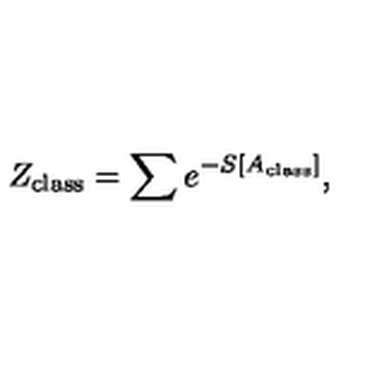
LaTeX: Z _ { \mathrm { c l a s s } } = \sum e ^ { - S [ A _ { \mathrm { c l a s s } } ] } ,